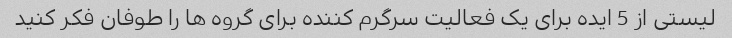
لیستی از 5 ایده برای یک فعالیت سرگرم کننده برای گروه ها را طوفان فکر کنید